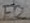
Text: F2